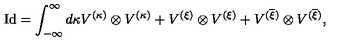
\mathrm { I d } = \int _ { - \infty } ^ { \infty } d \kappa V ^ { ( \kappa ) } \otimes V ^ { ( \kappa ) } + V ^ { ( \xi ) } \otimes V ^ { ( \xi ) } + V ^ { ( \overline { { \xi } } ) } \otimes V ^ { ( \overline { { \xi } } ) } ,